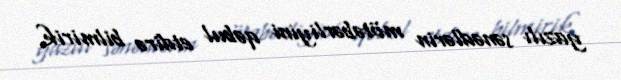
yazılı sənədlərin mötəbərliyini qəbul etdirə bilmirik.